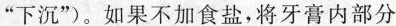
“下沉”)。如果不加食盐，将牙膏内部分